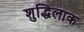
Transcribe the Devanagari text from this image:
शुद्धिलाक